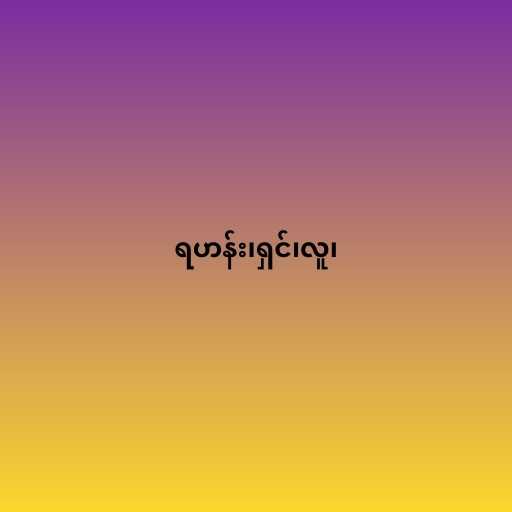
ရဟန်း၊ရှင်၊လူ၊